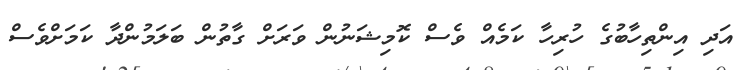
އަދި އިންތިހާބުގެ ހުރިހާ ކަމެއް ވެސް ކޮމިޝަނުން ވަރަށް ގާތުން ބަލަމުންދާ ކަމަށްވެސް